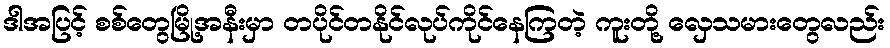
ဒါအပြင့် စစ်တွေမြို့အနီးမှာ တပိုင်တနိုင်လုပ်ကိုင်နေကြတဲ့ ကူးတို့ လှေသမားတွေလည်း